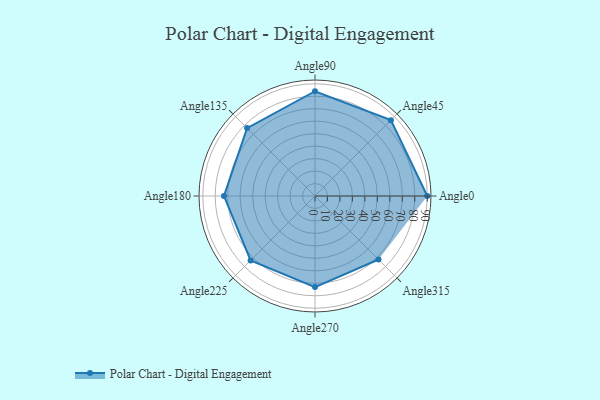
{"axis": {"x": "Angle", "y": "Radius"}, "legend": [""], "data": [{"x": "Angle0", "y": 90.0, "type": ""}, {"x": "Angle45", "y": 86.0, "type": ""}, {"x": "Angle90", "y": 84.0, "type": ""}, {"x": "Angle135", "y": 77.0, "type": ""}, {"x": "Angle180", "y": 73.0, "type": ""}, {"x": "Angle225", "y": 73.0, "type": ""}, {"x": "Angle270", "y": 73.0, "type": ""}, {"x": "Angle315", "y": 72.0, "type": ""}]}